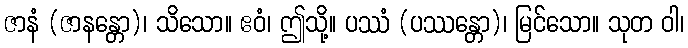
ဇာနံ (ဇာနန္တော)၊ သိသော။ ဧဝံ၊ ဤသို့။ ပဿံ (ပဿန္တော)၊ မြင်သော။ သုတ ဝါ၊